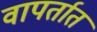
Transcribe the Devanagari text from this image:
वापर्तात